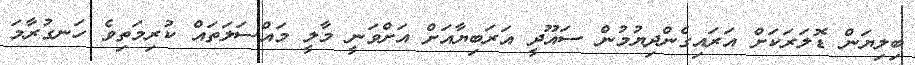
ބިލިޔަން ޑޮލަރަކަށް އަރައިގެންދިޔުމުން ސައޫދީ އަރަބިޔާއަށް އަށްވަނީ މާލީ މައްސަލަތައް ކުރިމަތިވެ ހަނގުރާމަ